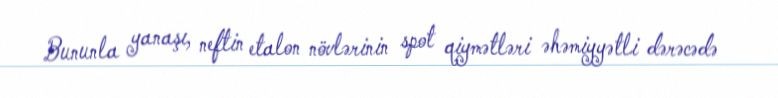
Bununla yanaşı, neftin etalon növlərinin spot qiymətləri əhəmiyyətli dərəcədə